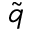
\tilde { q }